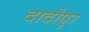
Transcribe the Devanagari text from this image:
दादोपुर